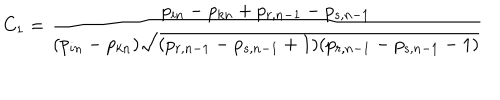
C _ { 1 } = \frac { p _ { i n } - p _ { k n } + p _ { r , n - 1 } - p _ { s , n - 1 } } { ( p _ { i n } - p _ { k n } ) \sqrt { ( p _ { r , n - 1 } - p _ { s , n - 1 } + 1 ) ( p _ { r , n - 1 } - p _ { s , n - 1 } - 1 ) } }